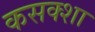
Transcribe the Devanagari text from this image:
कसक्शा